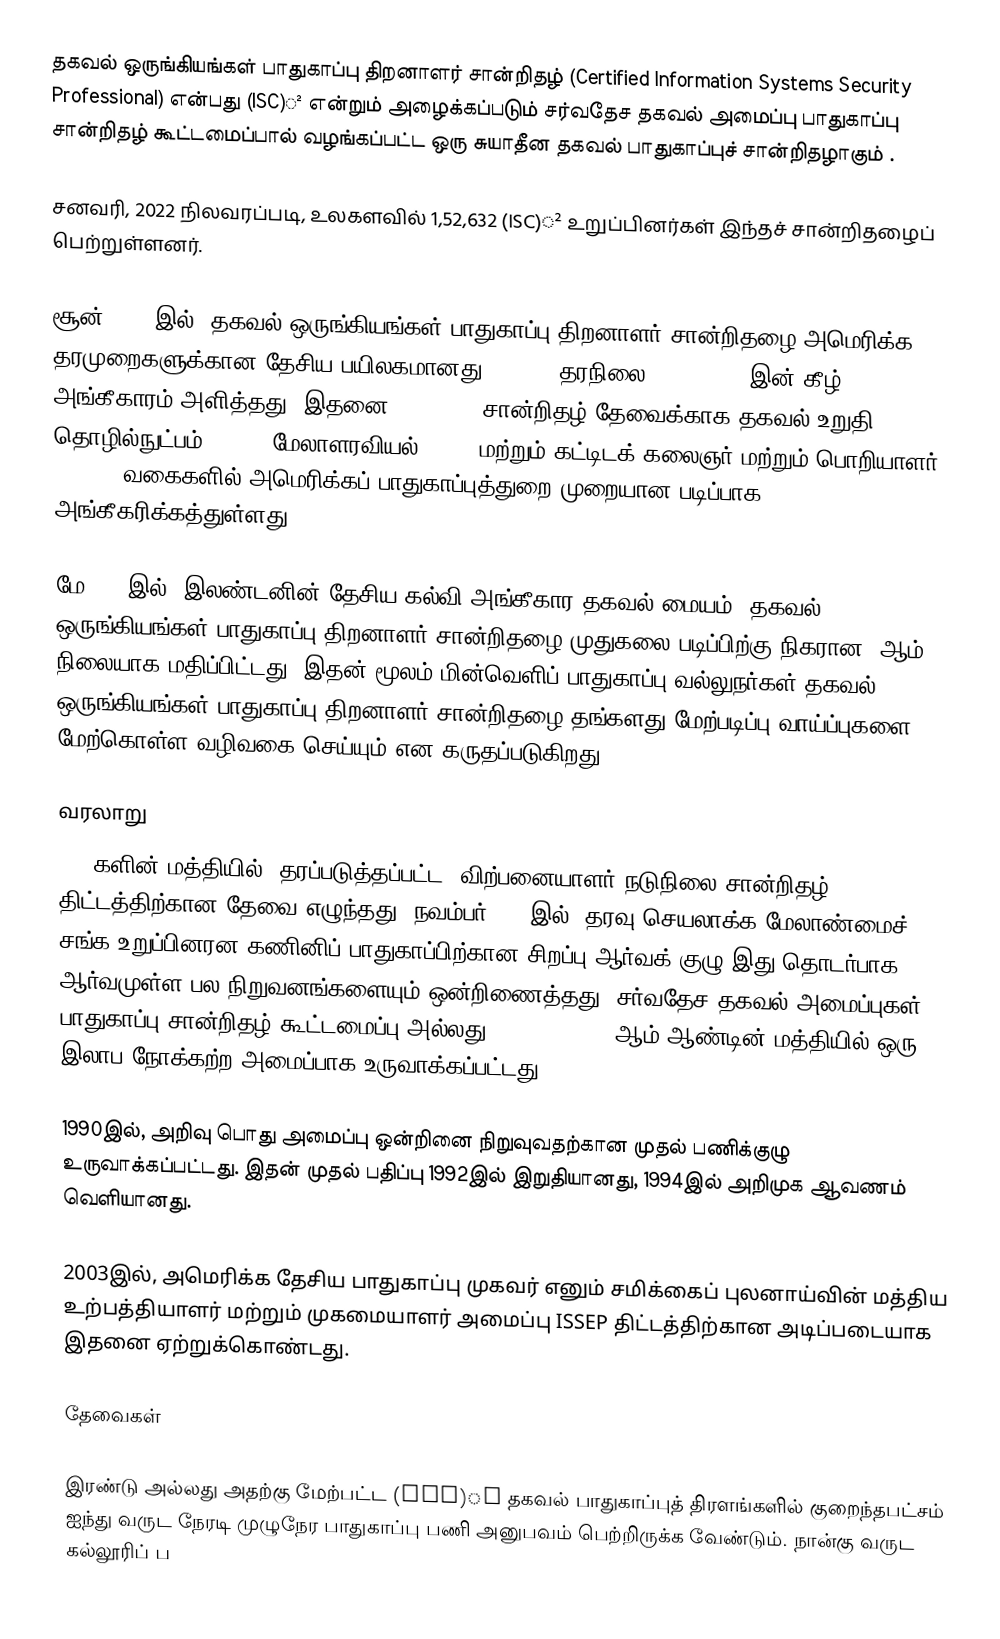
தகவல் ஒருங்கியங்கள் பாதுகாப்பு திறனாளர் சான்றிதழ் (Certified Information Systems Security Professional)  என்பது (ISC)² என்றும் அழைக்கப்படும் சர்வதேச தகவல் அமைப்பு பாதுகாப்பு சான்றிதழ் கூட்டமைப்பால் வழங்கப்பட்ட ஒரு சுயாதீன தகவல் பாதுகாப்புச் சான்றிதழாகும் .

சனவரி, 2022 நிலவரப்படி, உலகளவில் 1,52,632 (ISC)² உறுப்பினர்கள் இந்தச் சான்றிதழைப் பெற்றுள்ளனர்.

சூன் 2004 இல், தகவல் ஒருங்கியங்கள் பாதுகாப்பு திறனாளர் சான்றிதழை அமெரிக்க தரமுறைகளுக்கான தேசிய பயிலகமானது ISO/IEC தரநிலை 17024:2003 இன் கீழ் அங்கீகாரம் அளித்தது.  இதனை DoDD 8570 சான்றிதழ் தேவைக்காக தகவல் உறுதி தொழில்நுட்பம் (IAT), மேலாளரவியல் (IAM) மற்றும் கட்டிடக் கலைஞர் மற்றும் பொறியாளர் (IASAE) வகைகளில் அமெரிக்கப் பாதுகாப்புத்துறை முறையான படிப்பாக அங்கீகரிக்கத்துள்ளது.

மே 2020இல், இலண்டனின்  தேசிய கல்வி அங்கீகார தகவல் மையம், தகவல் ஒருங்கியங்கள் பாதுகாப்பு திறனாளர் சான்றிதழை முதுகலை படிப்பிற்கு நிகரான 7ஆம் நிலையாக மதிப்பிட்டது.   இதன் மூலம் மின்வெளிப் பாதுகாப்பு வல்லுநர்கள் தகவல் ஒருங்கியங்கள் பாதுகாப்பு திறனாளர் சான்றிதழை தங்களது  மேற்படிப்பு வாய்ப்புகளை மேற்கொள்ள வழிவகை செய்யும் என கருதப்படுகிறது.

வரலாறு
1980களின் மத்தியில், தரப்படுத்தப்பட்ட, விற்பனையாளர்-நடுநிலை சான்றிதழ் திட்டத்திற்கான தேவை எழுந்தது. நவம்பர் 1988இல், தரவு செயலாக்க மேலாண்மைச் சங்க உறுப்பினரன கணினிப் பாதுகாப்பிற்கான சிறப்பு ஆர்வக் குழு இது தொடர்பாக ஆர்வமுள்ள பல நிறுவனங்களையும் ஒன்றிணைத்தது. சர்வதேச தகவல் அமைப்புகள் பாதுகாப்பு சான்றிதழ் கூட்டமைப்பு அல்லது "(ISC)²" 1989 ஆம் ஆண்டின் மத்தியில் ஒரு இலாப நோக்கற்ற அமைப்பாக உருவாக்கப்பட்டது.

1990இல், அறிவு பொது அமைப்பு ஒன்றினை நிறுவுவதற்கான முதல் பணிக்குழு உருவாக்கப்பட்டது.  இதன் முதல் பதிப்பு 1992இல் இறுதியானது, 1994இல் அறிமுக ஆவணம் வெளியானது.

2003இல், அமெரிக்க தேசிய பாதுகாப்பு முகவர் எனும் சமிக்கைப் புலனாய்வின் மத்திய உற்பத்தியாளர் மற்றும் முகமையாளர் அமைப்பு ISSEP திட்டத்திற்கான அடிப்படையாக இதனை ஏற்றுக்கொண்டது.

தேவைகள்

 இரண்டு அல்லது அதற்கு மேற்பட்ட (ISC)² தகவல் பாதுகாப்புத் திரளங்களில் குறைந்தபட்சம் ஐந்து வருட நேரடி முழுநேர பாதுகாப்பு பணி அனுபவம் பெற்றிருக்க வேண்டும். நான்கு வருட கல்லூரிப் ப